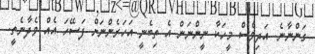
ގަންނާނެ. އަދިވެސް މީހަކާ ނީންނަން އެ ތިބެނީ އަހަރެންނަށް ފަސޭހަ އެއް ވެދާނެތީ.